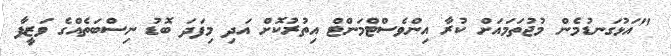
"އަޅުގަނޑުމެން މުޖުތަމައަށް ކުރާ އިންވެސްޓްމަންޓް އިތުރުކޮށް އަދި މިފަދަ ބޮޑު ނިސްބަތެއްގެ ވަޒީފާ